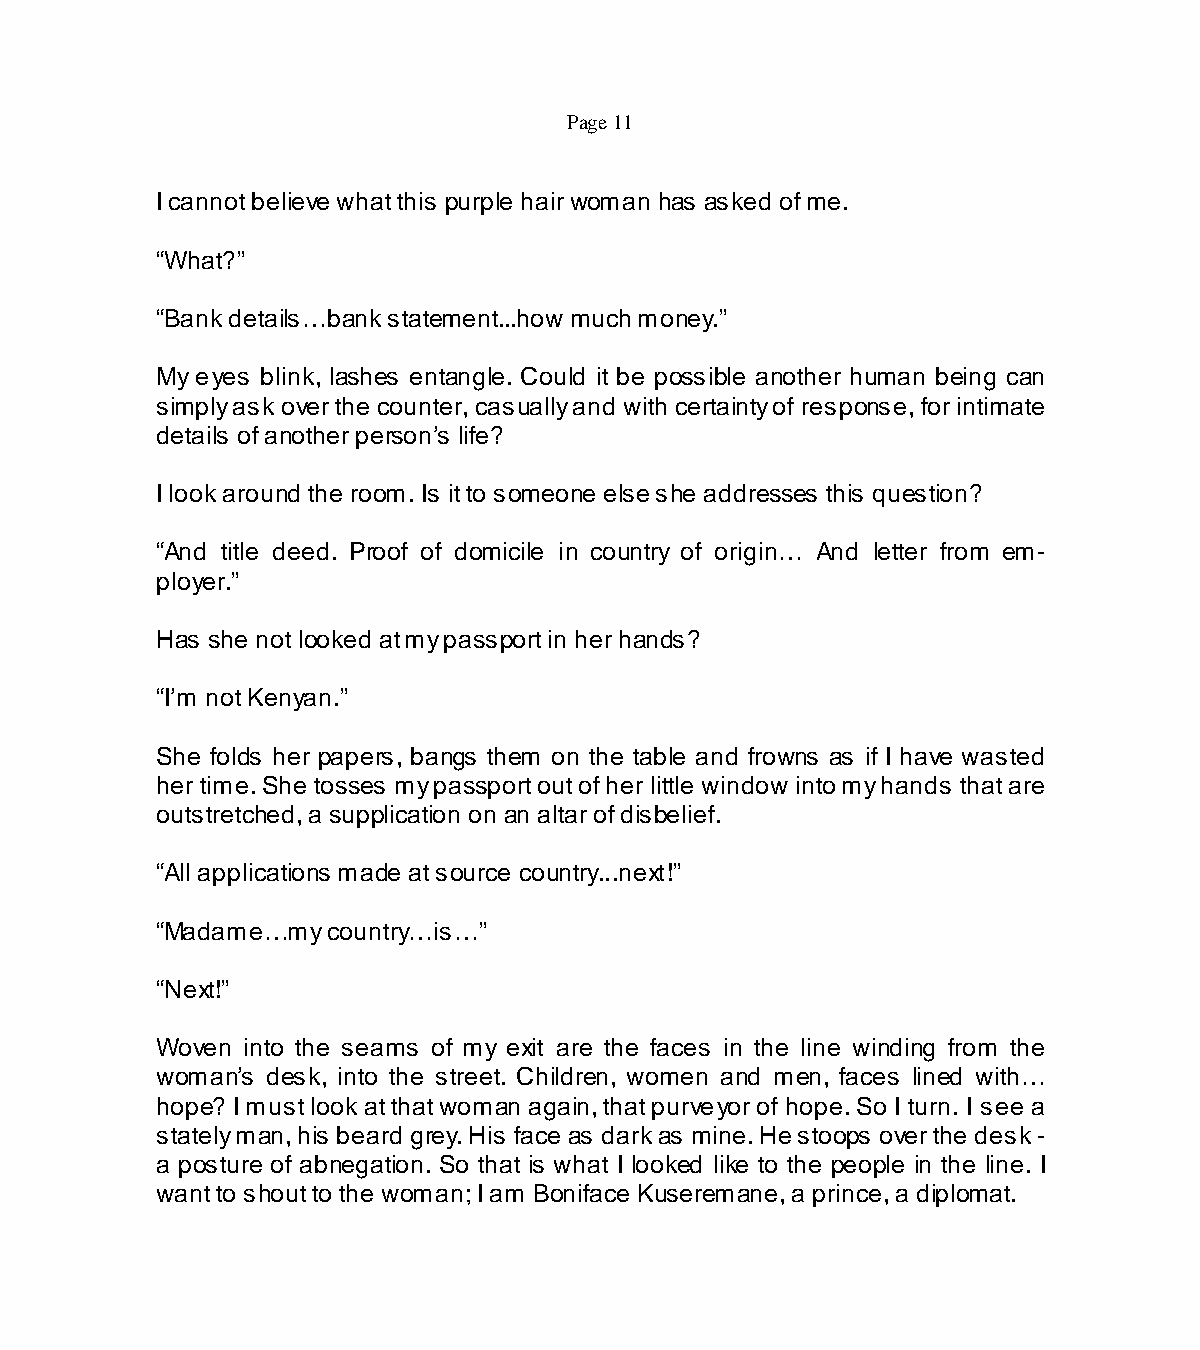
Page 11
 I cannot believe what this purple hair woman has asked of me.
 “What?”
 “Bank details…bank statement...how much money.”
 My eyes blink, lashes entangle. Could it be possible another human being can
 simply ask over the counter, casually and with certainty of response, for intimate
 details of another person’s life?
 I look around the room. Is it to someone else she addresses this question?
 “And title deed. Proof of domicile in country of origin… And letter from em-
 ployer.”
 Has she not looked at my passport in her hands?
 “I’m not Kenyan.”
 She folds her papers, bangs them on the table and frowns as if I have wasted
 her time. She tosses my passport out of her little window into my hands that are
 outstretched, a supplication on an altar of disbelief.
 “All applications made at source country...next!”
 “Madame…my  country…is…”
 “Next!”
 Woven into the seams of my exit are the faces in the line winding from the
 woman’s desk, into the street. Children, women and men, faces lined with…
 hope? I must look at that woman again, that purveyor of hope. So I turn. I see a
 stately man, his beard grey. His face as dark as mine. He stoops over the desk -
 a posture of abnegation. So that is what I looked like to the people in the line. I
 want to shout to the woman; I am Boniface Kuseremane, a prince, a diplomat.